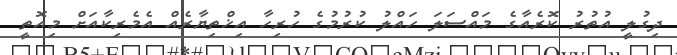
ދިގުލީ އުތުރު ކޮރެއާގެ މައްސަލަ ހައްލު ކުރުމުގެ ހުރިހާ އިޚްތިޔާރެއް އެމެރިކާއަށް މިއޮތީ